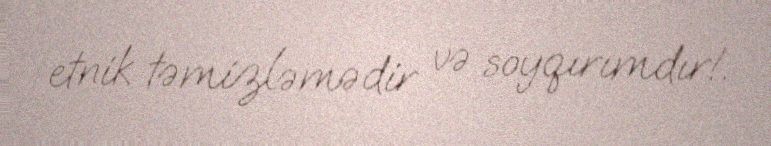
etnik təmizləmədir və soyqırımdır!.